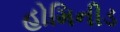
હોમિનીડ